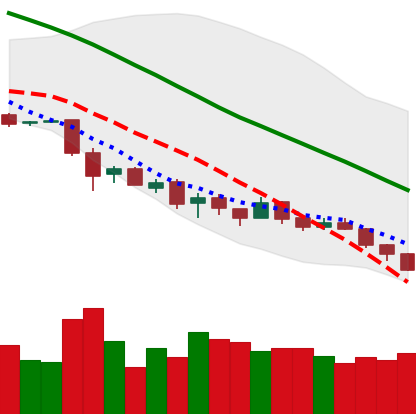
Ticker: EOS-USD
Chart end date: 2018-12-05
Forward return: -11.757%
Label: down_7plus